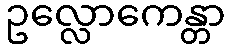
ဥလ္လောကေန္တာ